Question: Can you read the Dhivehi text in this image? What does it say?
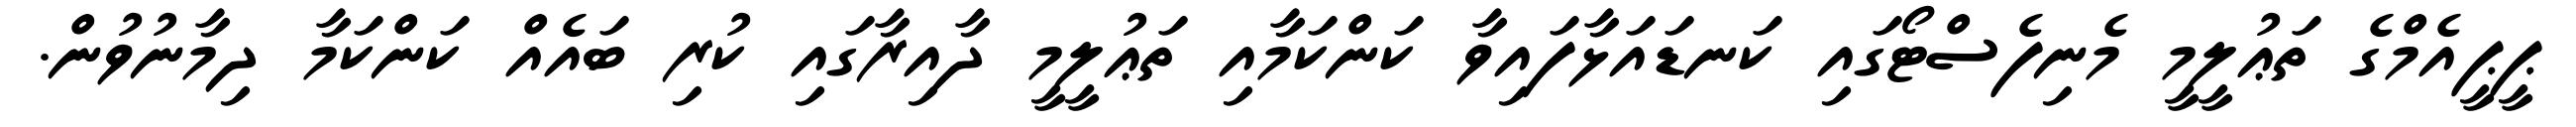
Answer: ޕީޕީއެމްގެ ތަޢުލީމީ މެނިފެސްޓޯގައި ކަނޑައަޅާފައިވާ ކަންކަމާއި ތަޢުލީމީ ދާއިރާގައި ކުރި ބައެއް ކަންކަމާ ދިމާނުވުން.